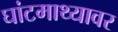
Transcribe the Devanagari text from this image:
घांटमाथ्यावर